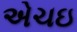
એચઇ